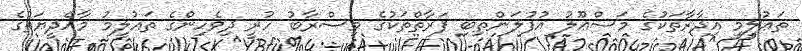
ތަޢުލީމީ އިދާރާތަކުގެ މަސްޢޫލު އުފުލަންތިބި ފަރާތްތަކުގެ މިސްރާބު ހުރީ ދިވެހިންގެ ތަޢުލީމު މާއްދީޔަތުގެ